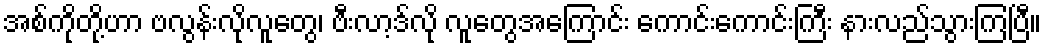
အစ်ကိုတို့ဟာ ဗလွန်းလိုလူတွေ၊ ဗီးလာ့ဒ်လို လူတွေအကြောင်း ကောင်းကောင်းကြီး နားလည်သွားကြပြီ။